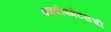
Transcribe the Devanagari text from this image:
इक्वीपमेंटसची